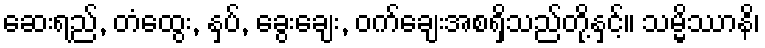
ဆေးရည်, တံထွေး, နှပ်, ခွေးချေး, ဝက်ချေးအစရှိသည်တို့နှင့်။ သမ္မိဿာနိ၊